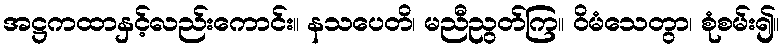
အဋ္ဌကထာနှင့်လည်းကောင်း။ နသပေတိ၊ မညီညွတ်ကြ။ ဝိမံသေတွာ၊ စုံစမ်း၍။